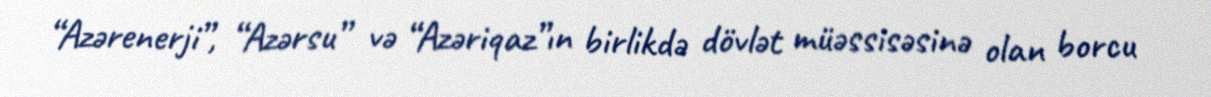
“Azərenerji”, “Azərsu” və “Azəriqaz”ın birlikdə dövlət müəssisəsinə olan borcu